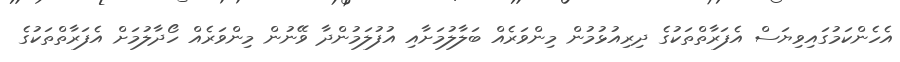
އެހެންކަމުގައިވިޔަސް އެފަރާތްތަކުގެ ދިރިއުޅުމުން މިންވަރެއް ބަލާލުމަށާއި އުފުލަމުންދާ ވޭނުން މިންވަރެއް ހޯދާލުމަށް އެފަރާތްތަކުގެ